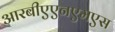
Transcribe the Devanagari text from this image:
आरबीएएनएमएस